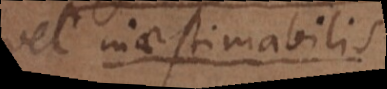
vel inaestimabile